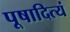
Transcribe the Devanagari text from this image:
पूषादित्यं